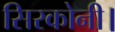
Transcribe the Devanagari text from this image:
सिरकोनी।